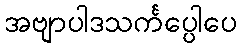
အဗျာပါဒသင်္ကပ္ပေါပေ